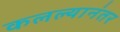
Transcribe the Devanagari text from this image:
कलल्यानंतर